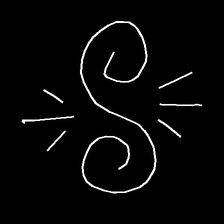
Glyph: wind-directs-air